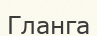
Гланга